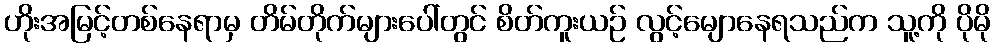
ဟိုးအမြင့်တစ်နေရာမှ တိမ်တိုက်များပေါ်တွင် စိတ်ကူးယဉ် လွင့်မျောနေရသည်က သူ့ကို ပိုမို